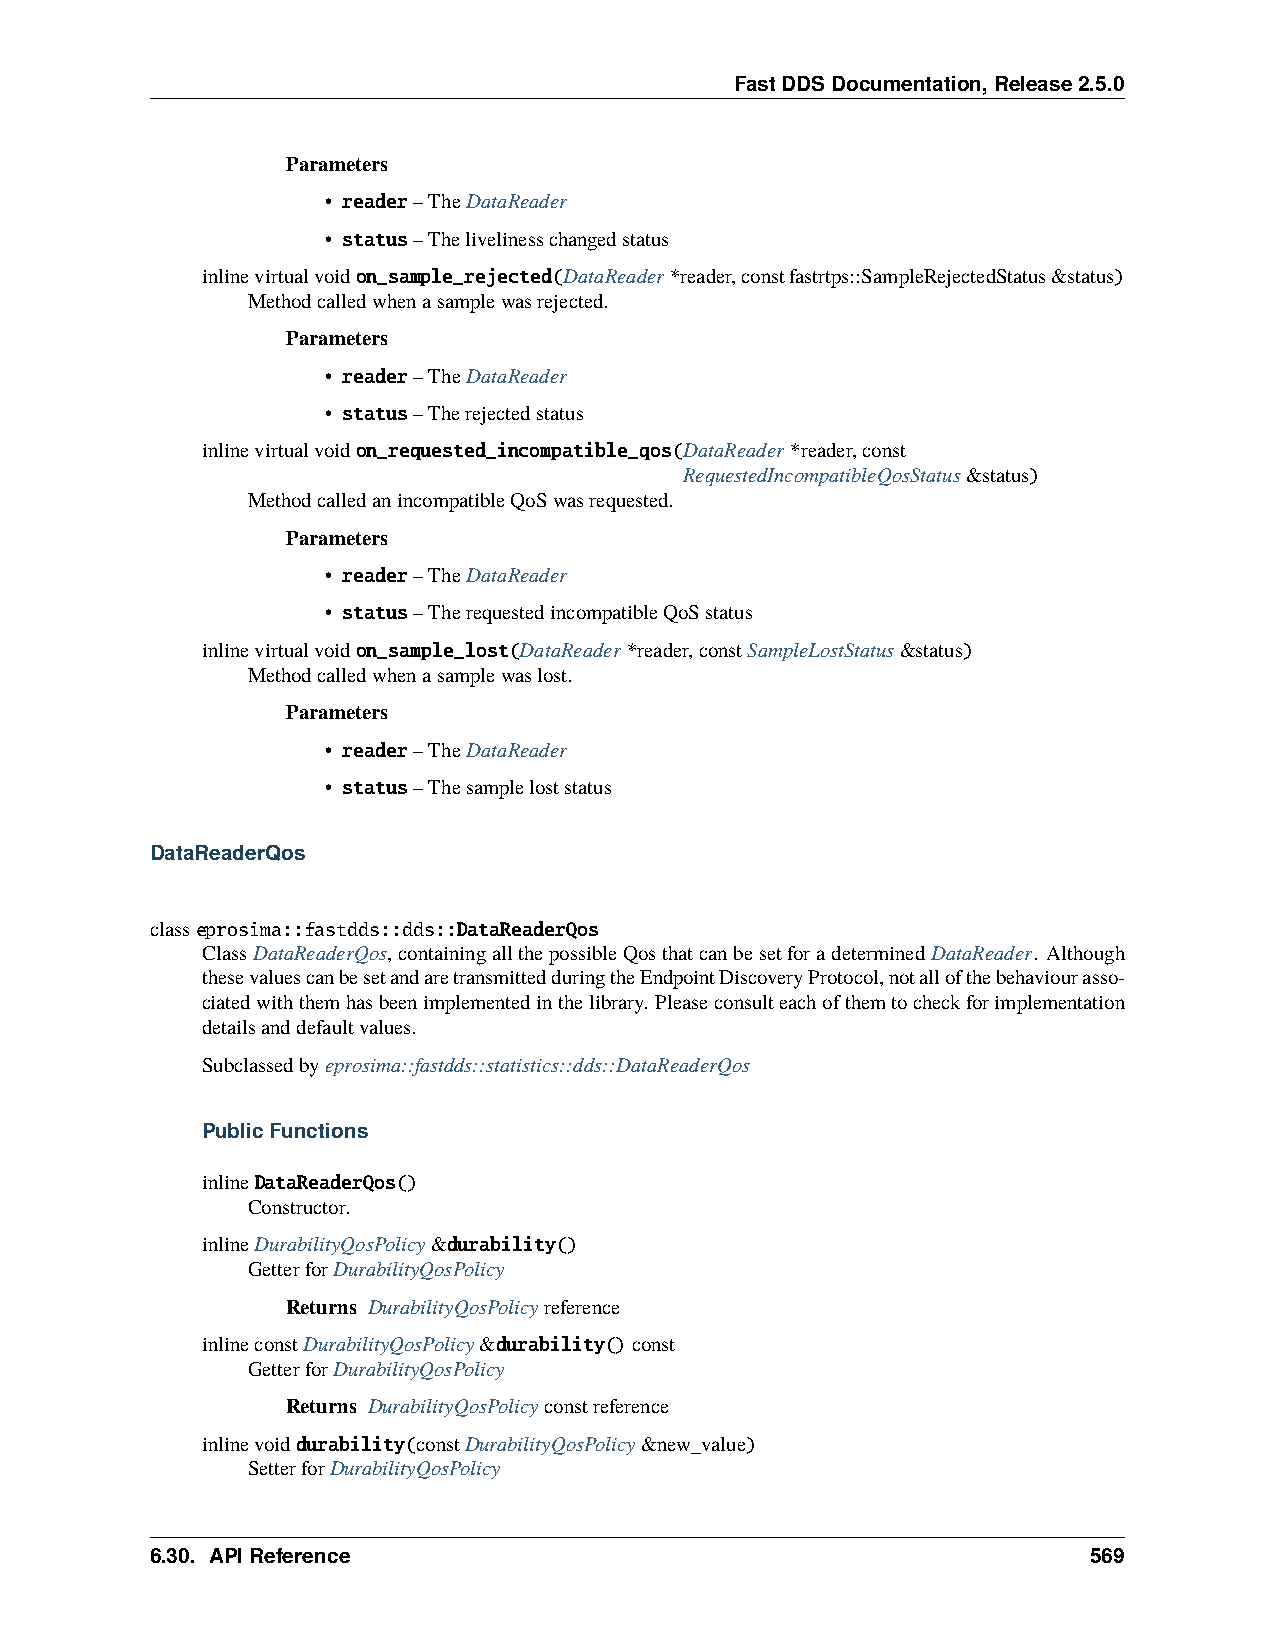
FastDDSDocumentation,Release2.5.0
 Parameters
 • reader–TheDataReader
 • status–Thelivelinesschangedstatus
 inlinevirtualvoidon_sample_rejected(DataReader*reader,constfastrtps::SampleRejectedStatus&status)
 Methodcalledwhenasamplewasrejected.
 Parameters
 • reader–TheDataReader
 • status–Therejectedstatus
 inlinevirtualvoidon_requested_incompatible_qos(DataReader*reader,const
 RequestedIncompatibleQosStatus&status)
 MethodcalledanincompatibleQoSwasrequested.
 Parameters
 • reader–TheDataReader
 • status–TherequestedincompatibleQoSstatus
 inlinevirtualvoidon_sample_lost(DataReader*reader,constSampleLostStatus&status)
 Methodcalledwhenasamplewaslost.
 Parameters
 • reader–TheDataReader
 • status–Thesampleloststatus
 DataReaderQos
 classeprosima::fastdds::dds::DataReaderQos
 ClassDataReaderQos,containingallthepossibleQosthatcanbesetforadeterminedDataReader. Although
 thesevaluescanbesetandaretransmittedduringtheEndpointDiscoveryProtocol,notallofthebehaviourasso-
 ciatedwiththemhasbeenimplementedinthelibrary. Pleaseconsulteachofthemtocheckforimplementation
 detailsanddefaultvalues.
 Subclassedbyeprosima::fastdds::statistics::dds::DataReaderQos
 PublicFunctions
 inlineDataReaderQos()
 Constructor.
 inlineDurabilityQosPolicy&durability()
 GetterforDurabilityQosPolicy
 Returns DurabilityQosPolicyreference
 inlineconstDurabilityQosPolicy&durability()const
 GetterforDurabilityQosPolicy
 Returns DurabilityQosPolicyconstreference
 inlinevoiddurability(constDurabilityQosPolicy&new_value)
 SetterforDurabilityQosPolicy
 6.30. APIReference                                            569